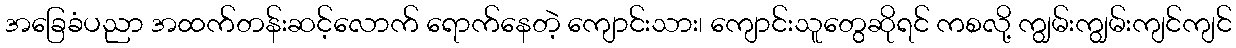
အခြေခံပညာ အထက်တန်းဆင့်လောက် ရောက်နေတဲ့ ကျောင်းသား၊ ကျောင်းသူတွေဆိုရင် ကစလို့ ကျွမ်းကျွမ်းကျင်ကျင်